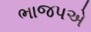
ભાજપએ